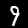
Digit: 9